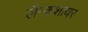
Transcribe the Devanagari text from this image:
लैन्कशायर